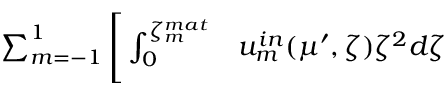
\begin{array} { r l } { \sum _ { m = - 1 } ^ { 1 } \Bigg [ \int _ { 0 } ^ { \zeta _ { m } ^ { m a t } } } & { { } u _ { m } ^ { i n } ( \mu ^ { \prime } , \zeta ) \zeta ^ { 2 } d \zeta } \end{array}